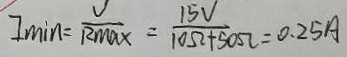
I _ { \min } = \frac { U } { R _ { \max } } = \frac { 1 5 V } { 1 0 \Omega + 5 0 \Omega } = 0 . 2 5 A